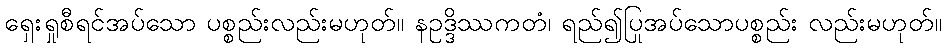
ရှေးရှုစီရင်အပ်သော ပစ္စည်းလည်းမဟုတ်။ နဥဒ္ဒိဿကတံ၊ ရည်၍ပြုအပ်သောပစ္စည်း လည်းမဟုတ်။